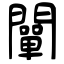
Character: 闡